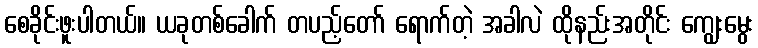
စေခိုင်းဖူးပါတယ်။ ယခုတစ်ခေါက် တပည့်တော် ရောက်တဲ့ အခါလဲ ထိုနည်းအတိုင်း ကျွေးမွေး